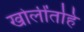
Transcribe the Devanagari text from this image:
खोलींतहि